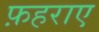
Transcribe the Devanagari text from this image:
फ़हराए